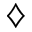
\diamondsuit